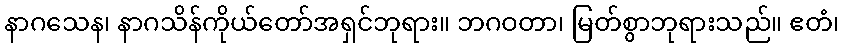
နာဂသေန၊ နာဂသိန်ကိုယ်တော်အရှင်ဘုရား။ ဘဂဝတာ၊ မြတ်စွာဘုရားသည်။ ဧတံ၊